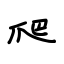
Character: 爬